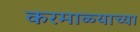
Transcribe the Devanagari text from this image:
करमाळ्याच्या